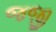
જજી